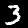
Label: 3